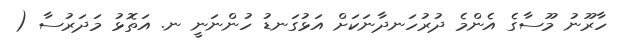
ހާރޫނު މޫސާގެ އެންމެ ދުރުހަނދާނަކަށް އަޅުގަނޑު ހުންނަނީ ނ. އަތޮޅު މަދަރުސާ (